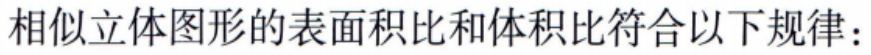
相似立体图形的表面积比和体积比符合以下规律：